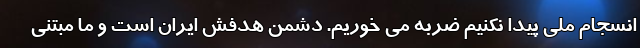
انسجام ملی پیدا نکنیم ضربه می خوریم. دشمن هدفش ایران است و ما مبتنی